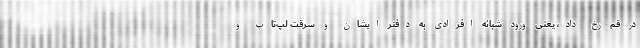
در قم رخ داد، یعنی ورود شبانه افرادی به دفتر ایشان و سرقت لپ‌تاپ و